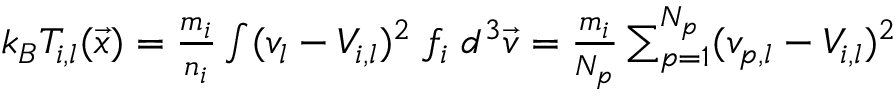
\begin{array} { r } { k _ { B } T _ { i , l } ( \vec { x } ) = \frac { m _ { i } } { n _ { i } } \int ( v _ { l } - V _ { i , l } ) ^ { 2 } \; f _ { i } \; d ^ { 3 } \vec { v } = \frac { m _ { i } } { N _ { p } } \sum _ { p = 1 } ^ { N _ { p } } ( v _ { p , l } - V _ { i , l } ) ^ { 2 } } \end{array}